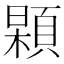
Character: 𩓢